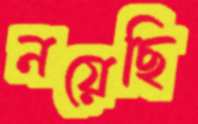
নয়েছি